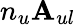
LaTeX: n_{u}\mathbf{A}_{ul}